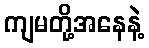
ကျမတို့အနေနဲ့